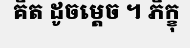
គិត ដូចម្តេច ។ ភិក្ខុ